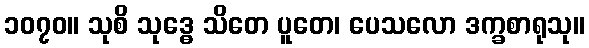
၁၀၇၀။ သုစိ သုဒ္ဓေ သိတေ ပူတေ၊ ပေသလော ဒက္ခစာရုသု။